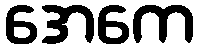
အေကေ